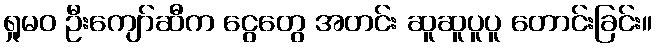
ရှုမဝ ဦးကျော်ဆီက ငွေတွေ အတင်း ဆူဆူပူပူ တောင်းခြင်း။